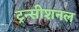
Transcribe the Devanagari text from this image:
ट्रन्सीशनल